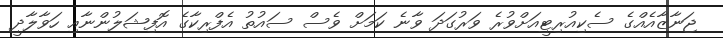
ޖަނާޒާއެއްގެ ސެކިއުރިޓީއަށްވުރެ ވަރުގަދަ ވާނެ ކަމަށް ވެސް ސައުތު އެފްރިކާގެ އޮފިޝަލުންނާއި ހަވާލާދީ